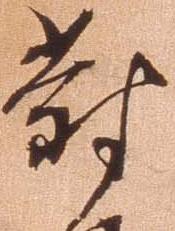
対